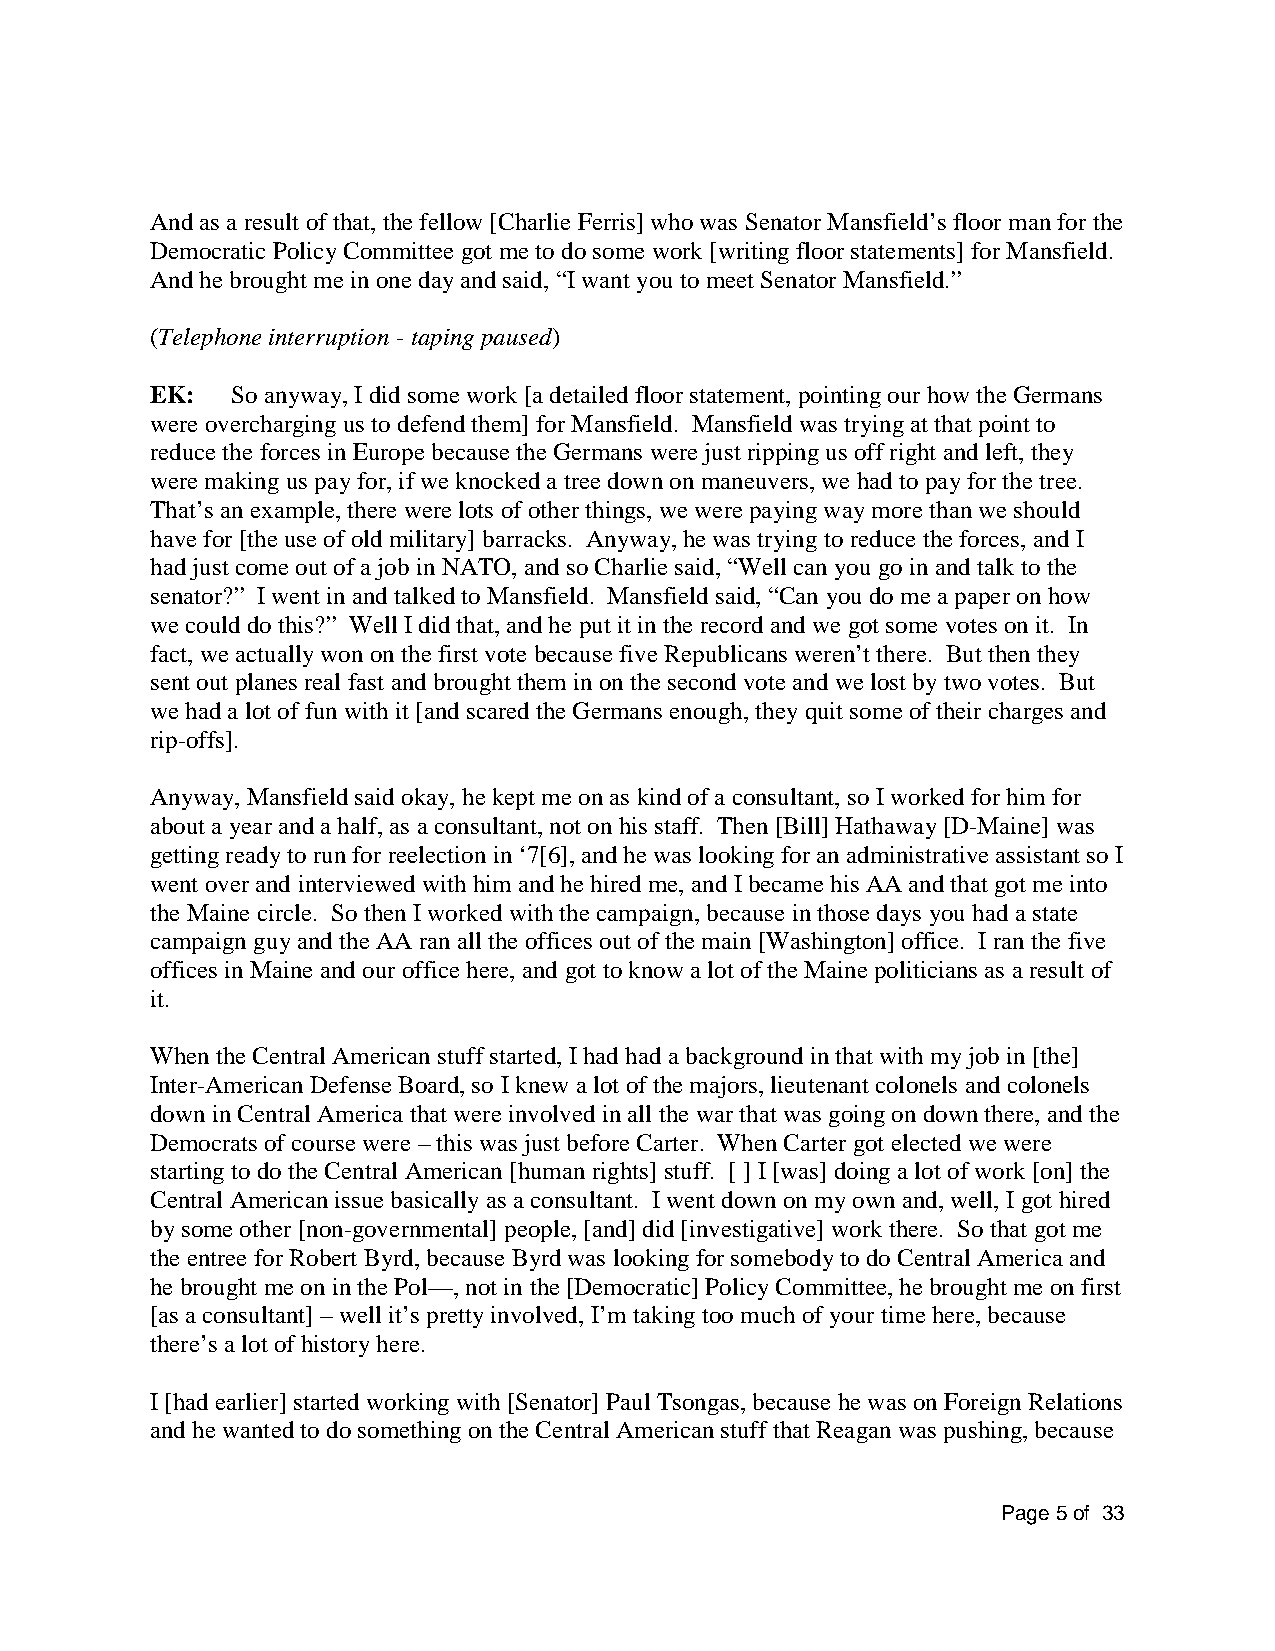
And as a result of that, the fellow [Charlie Ferris] who was Senator Mansfield’s floor man for the
 Democratic Policy Committee got me to do some work [writing floor statements] for Mansfield.
 And he brought me in one day and said, “I want you to meet Senator Mansfield.”
 (Telephone interruption - taping paused)
 EK:  So anyway, I did some work [a detailed floor statement, pointing our how the Germans
 were overcharging us to defend them] for Mansfield. Mansfield was trying at that point to
 reduce the forces in Europe because the Germans were just ripping us off right and left, they
 were making us pay for, if we knocked a tree down on maneuvers, we had to pay for the tree.
 That’s an example, there were lots of other things, we were paying way more than we should
 have for [the use of old military] barracks. Anyway, he was trying to reduce the forces, and I
 had just come out of a job in NATO, and so Charlie said, “Well can you go in and talk to the
 senator?” I went in and talked to Mansfield. Mansfield said, “Can you do me a paper on how
 we could do this?” Well I did that, and he put it in the record and we got some votes on it. In
 fact, we actually won on the first vote because five Republicans weren’t there. But then they
 sent out planes real fast and brought them in on the second vote and we lost by two votes. But
 we had a lot of fun with it [and scared the Germans enough, they quit some of their charges and
 rip-offs].
 Anyway, Mansfield said okay, he kept me on as kind of a consultant, so I worked for him for
 about a year and a half, as a consultant, not on his staff. Then [Bill] Hathaway [D-Maine] was
 getting ready to run for reelection in ‘7[6], and he was looking for an administrative assistant so I
 went over and interviewed with him and he hired me, and I became his AA and that got me into
 the Maine circle. So then I worked with the campaign, because in those days you had a state
 campaign guy and the AA ran all the offices out of the main [Washington] office. I ran the five
 offices in Maine and our office here, and got to know a lot of the Maine politicians as a result of
 it.
 When the Central American stuff started, I had had a background in that with my job in [the]
 Inter-American Defense Board, so I knew a lot of the majors, lieutenant colonels and colonels
 down in Central America that were involved in all the war that was going on down there, and the
 Democrats of course were – this was just before Carter. When Carter got elected we were
 starting to do the Central American [human rights] stuff. [ ] I [was] doing a lot of work [on] the
 Central American issue basically as a consultant. I went down on my own and, well, I got hired
 by some other [non-governmental] people, [and] did [investigative] work there. So that got me
 the entree for Robert Byrd, because Byrd was looking for somebody to do Central America and
 he brought me on in the Pol—, not in the [Democratic] Policy Committee, he brought me on first
 [as a consultant] – well it’s pretty involved, I’m taking too much of your time here, because
 there’s a lot of history here.
 I [had earlier] started working with [Senator] Paul Tsongas, because he was on Foreign Relations
 and he wanted to do something on the Central American stuff that Reagan was pushing, because
 Page 5 of 33